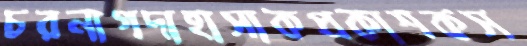
চরনাগদাহাসাকপ্রকাশকস